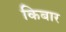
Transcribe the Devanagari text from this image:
किबार